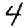
Digit: 4